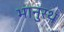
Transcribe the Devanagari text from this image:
भानुरथ